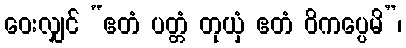
ဝေးလျှင် “ဧတံ ပတ္တံ တုယှံ ဧတံ ဝိကပ္ပေမိ”၊